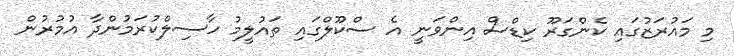
މި މައުރަޒުގައި ކެންގަރޫ ކިޑްސް އިންވަނީ އެ ސްކޫލްގައި ތައުލީމު ހާސިލްކުރަމުންދާ އުމުރުން